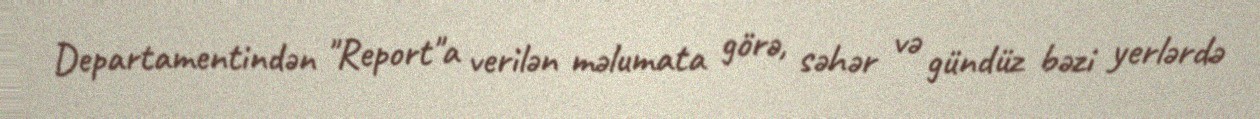
Departamentindən "Report"a verilən məlumata görə, səhər və gündüz bəzi yerlərdə